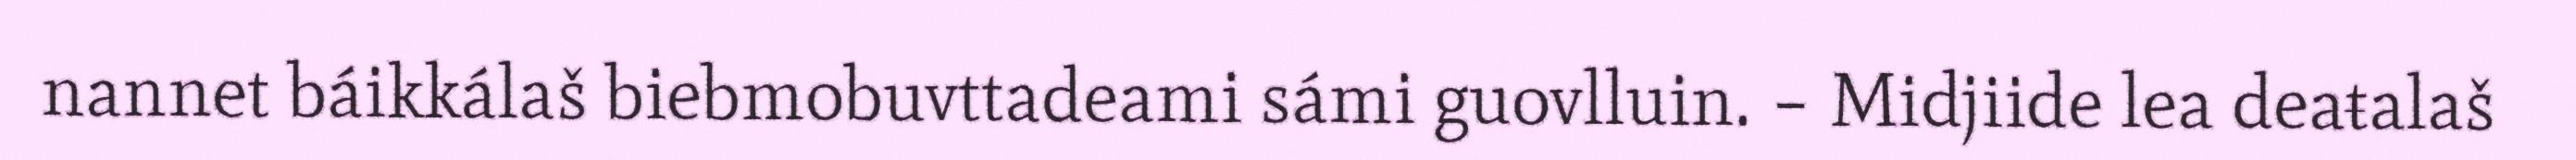
nannet báikkálaš biebmobuvttadeami sámi guovlluin. – Midjiide lea deaŧalaš